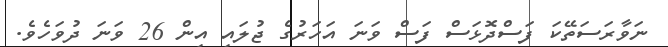
ނަވާރަސަތޭކަ ފަސްދޮޅަސް ފަސް ވަނަ އަހަރުގެ ޖުލައި އިން 26 ވަނަ ދުވަހެވެ.